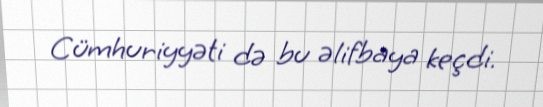
Cümhuriyyəti də bu əlifbaya keçdi.